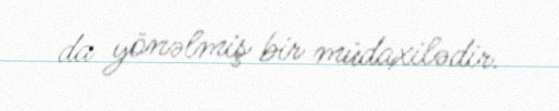
da yönəlmiş bir müdaxilədir.